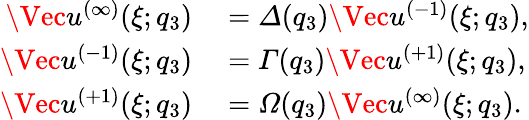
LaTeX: \begin{array}{rl}{{\Vec{u}^{(\infty)}(\xi;q_{3})}}&{{}{{}=\varDelta(q_{3})\Vec{u}^{(-1)}(\xi;q_{3}),}}\\ {{\Vec{u}^{(-1)}(\xi;q_{3})}}&{{}{{}=\varGamma(q_{3})\Vec{u}^{(+1)}(\xi;q_{3}),}}\\ {{\Vec{u}^{(+1)}(\xi;q_{3})}}&{{}{{}=\varOmega(q_{3})\Vec{u}^{(\infty)}(\xi;q_{3}).}}\end{array}